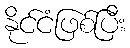
နိုင်ငံဖြစ်ပြီး